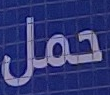
حمل